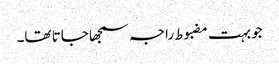
جو بہت مضبوط راجہ سمجھا جاتا تھا۔